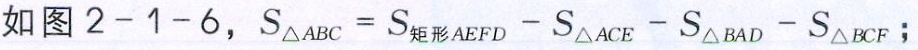
如图 \(2 - 1 - 6\)，\(S_{\triangle ABC}=S_{矩形 AEFD}-S_{\triangle ACE}-S_{\triangle BAD}-S_{\triangle BCF}\)；